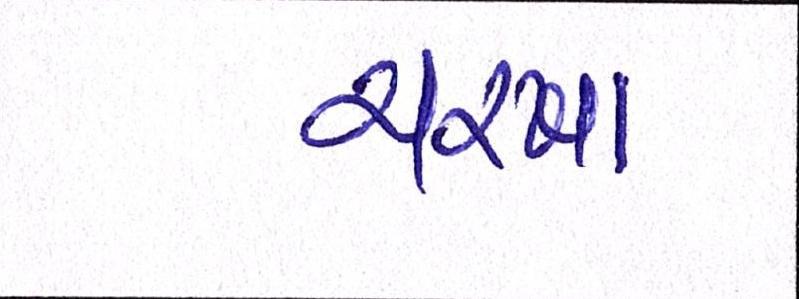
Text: ચરખા